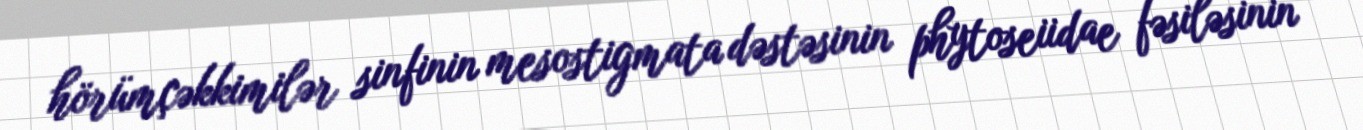
hörümçəkkimilər sinfinin mesostigmata dəstəsinin phytoseiidae fəsiləsinin